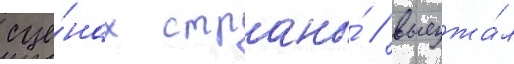
сце́нах страны́ / выезжа́л